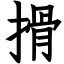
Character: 搰